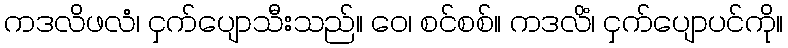
ကဒလိဖလံ၊ ငှက်ပျောသီးသည်။ ဝေ၊ စင်စစ်။ ကဒလိံ၊ ငှက်ပျောပင်ကို။